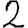
Digit: 2